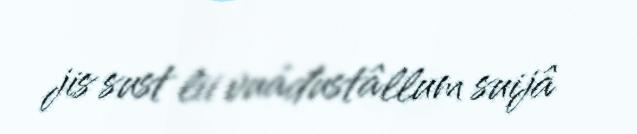
jis sust lii vuáđustâllum suijâ